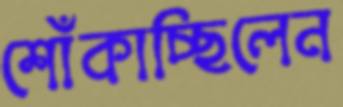
শোঁকাচ্ছিলেন